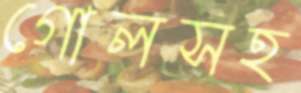
গোলসহ